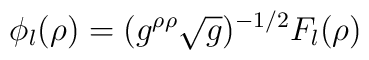
\phi_l(\rho)=(g^{\rho\rho}\sqrt{g})^{-1/2}F_l(\rho)